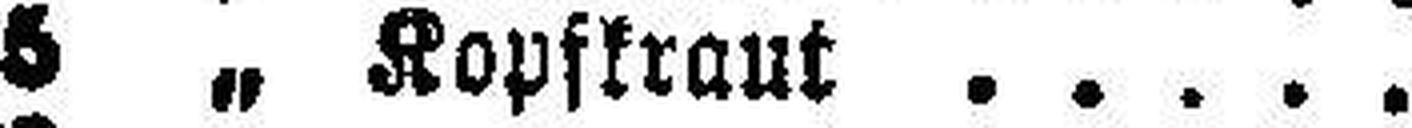
5 „ Kopfkraut